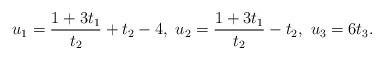
LaTeX: \begin{align*}u_1=\frac{1+3t_1}{t_2}+t_2-4,\ u_2=\frac{1+3t_1}{t_2}-t_2,\ u_3=6t_3.\end{align*}